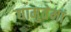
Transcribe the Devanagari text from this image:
द्यामुतेमां